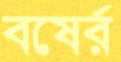
বষের্র